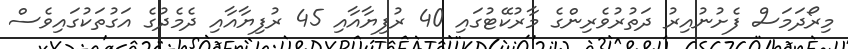
މިރޯދަމަސް ފެށުނުއިރު ދަތުރުވެރިންގެ މާރުކޭޓުގައި 40 ރުފިޔާއާއި 45 ރުފިޔާއާއި ދެމެދުގެ އަގުތަކުގައިވެސް